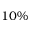
1 0 \%